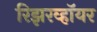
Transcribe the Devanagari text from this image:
रिझरव्हॉयर